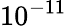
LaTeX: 10^{-11}